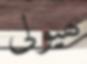
ھيولى